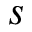
s